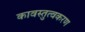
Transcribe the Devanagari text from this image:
कावस्तुत्वकरण